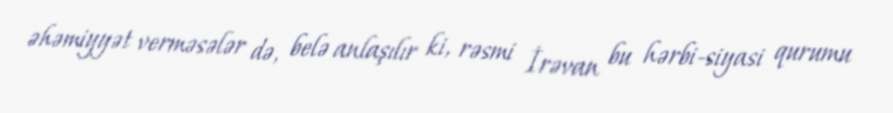
əhəmiyyət verməsələr də, belə anlaşılır ki, rəsmi İrəvan bu hərbi-siyasi qurumu